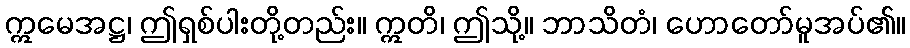
ဣမေအဋ္ဌ၊ ဤရှစ်ပါးတို့တည်း။ ဣတိ၊ ဤသို့။ ဘာသိတံ၊ ဟောတော်မူအပ်၏။